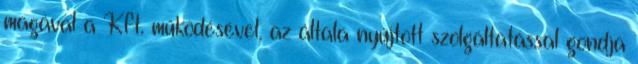
magával a Kft. működésével, az általa nyújtott szolgáltatással gondja